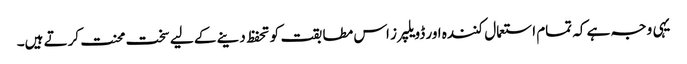
یہی وجہ ہے کہ تمام استعمال کنندہ اور ڈویلپرز اس مطابقت کو تحفظ دینے کے لیے سخت محنت کرتے ہیں۔